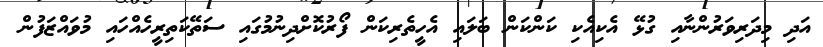
އަދި މިދަރިވަރުންނާއި ގުޅޭ އެކިއެކި ކަންކަން ބަލައި އެހީތެރިކަން ފޯރުކޮށްދިނުމުގައި ސަތޭކަތިރީހެއްހައި މުވައްޒަފުން